Civil Veterinary Dept. Assam report 1911-1927 - 1911-1927
Year: 1911
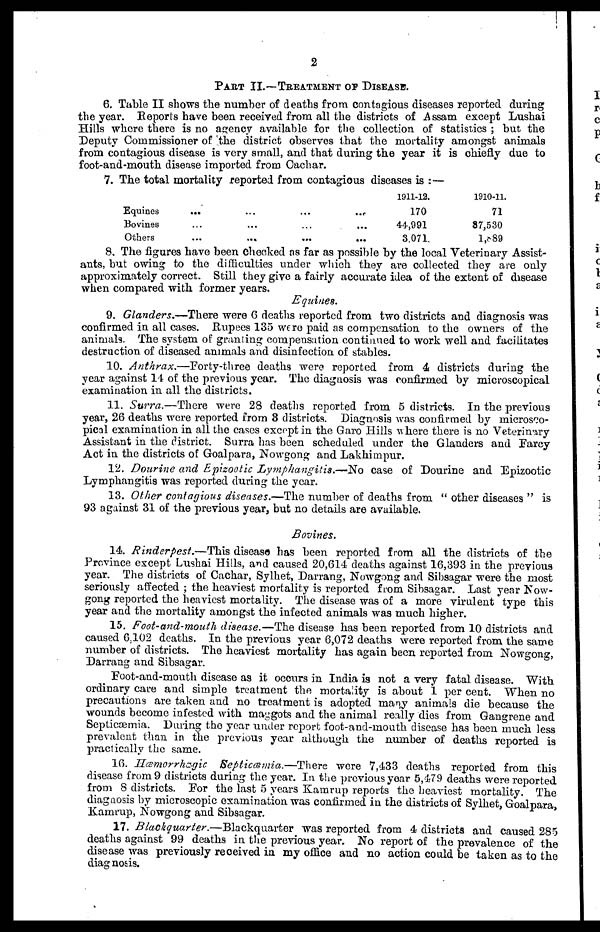
2
PART II.—TREATMENT OF DISEASE.
6. Table II shows the number of deaths from contagious diseases reported during
the year. Reports have been received from all the districts of Assam except Lushai
Hills where there is no agency available for the collection of statistics ; but the
Deputy Commissioner of the district observes that the mortality amongst animals
from contagious disease is very small, and that during the year it is chiefly due to
foot-and-mouth disease imported from Cachar.
7. The total mortality reported from contagious diseases is :—
Equines
Bovines
Others
...
...
...
...
...
...
...
...
...
...
...
...
1911-12.
170
44,991
3.071.
1910-11.
71
87,530
1,889
8. The figures have been checked as far as possible by the local Veterinary Assist-
ants, but owing to the difficulties under which they are collected they are only
approximately correct. Still they give a fairly accurate idea of the extent of disease
when compared with former years.
Equines.
9. Glanders.—There were 6 deaths reported from two districts and diagnosis was
confirmed in all cases. Rupees 135 were paid as compensation to the owners of the
animals. The system of granting compensation continued to work well and facilitates
destruction of diseased animals and disinfection of stables.
10. Anthrax.—Forty-three deaths were reported from 4 districts during the
year against 14 of the previous year. The diagnosis was confirmed by microscopical
examination in all the districts.
11. Surra.—There were 28 deaths reported from 5 districts. In the previous
year, 26 deaths were reported from 8 districts. Diagnosis was confirmed by microsco-
pical examination in all the cases except in the Garo Hills where there is no Veterinary
Assistant in the district. Surra has been scheduled under the Glanders and Farcy
Act in the districts of Goal para, Nowgong and Lakhimpur.
12. Dourine and Epizootic Lymphangitis.—No case of Dourine and Epizootic
Lymphangitis was reported during the year.
13. Other contagious diseases.—The number of deaths from " other diseases " is
93 against 31 of the previous year, but no details are available.
Bovines.
14. Rinderpest.—This disease has been reported from all the districts of the
Province except Lushai Hills, and caused 20,614 deaths against 16,393 in the previous
year. The districts of Cachar, Sylhet, Darrang, Nowgong and Sibsagar were the most
seriously affected ; the heaviest mortality is reported from Sibsagar. Last year Now-
gong reported the heaviest mortality. The disease was of a more virulent type this
year and the mortality amongst the infected animals was much higher.
15. Foot-and-mouth disease.—The disease has been reported from 10 districts and
caused 6,102 deaths. In the previous year 6,072 deaths were reported from the same
number of districts. The heaviest mortality has again been reported from Nowgong,
Darrang and Sibsagar.
Foot-and-mouth disease as it occurs in India is not a very fatal disease. With
ordinary care and simple treatment the mortality is about 1 per cent. When no
precautions are taken and no treatment is adopted many animals die because the
wounds become infested with maggots and the animal really dies from Gangrene and
Septicæmia. During the year under report foot-and-mouth disease has been much less
prevalent than in the previous year although the number of deaths reported is
practically the same.
16. Hæmorrhagic Septicæmia.—There were 7,433 deaths reported from this
disease from 9 districts during the year. In the previous year 5,479 deaths were reported
from 8 districts. For the last 5 years Kamrup reports the heaviest mortality. The
diagnosis by microscopic examination was confirmed in the districts of Sylhet, Goalpara,
Kamrup, Nowgong and Sibsagar.
17. Blackquarter.—Blackquarter was reported from 4 districts and caused 285
deaths against 99 deaths in the previous year. No report of the prevalence of the
disease was previously received in my office and no action could be taken as to the
diagnosis.